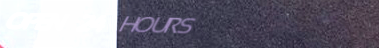
OPEN 24 HOURS